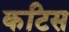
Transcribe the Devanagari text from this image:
कटिस